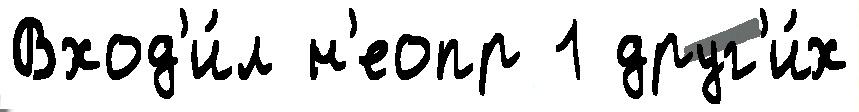
Вход'и́л н'еопр 1 друг'и́х